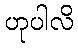
ဟုပါလိ